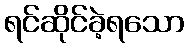
ရင်ဆိုင်ခဲ့ရသော